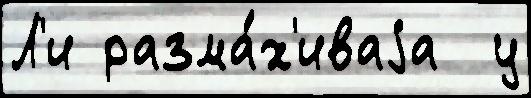
Л'и разма́х'иваjа  у